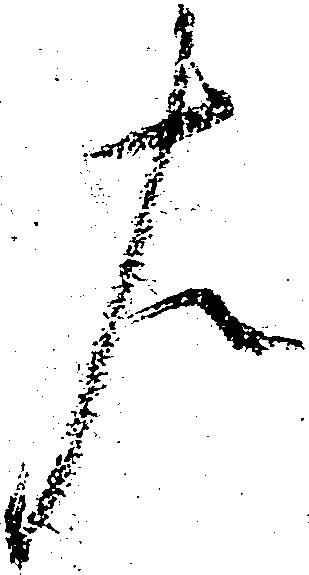
左